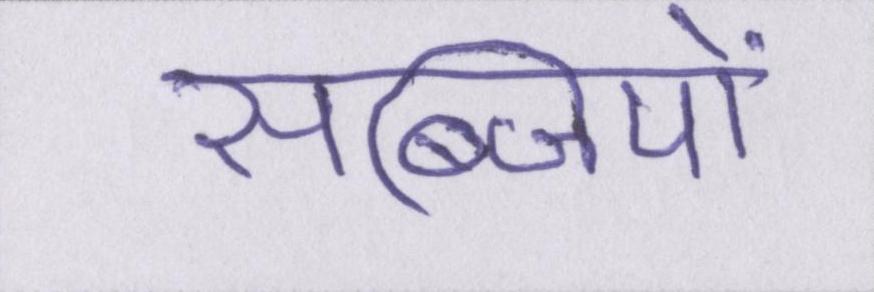
सब्जियों